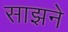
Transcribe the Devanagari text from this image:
साझने